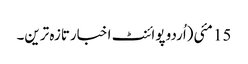
15 مئی(اُردو پوائنٹ اخبارتازہ ترین۔